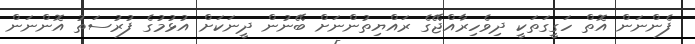
ފެންނަން އޮތް ހަގީގަތަކީ ދިވެހިރާއްޖޭގެ ރައްޔިތުންނަށް ބޭނުން ދީނަކަށް އުޅުމުގެ ފުރުސަތު އޮންނަން